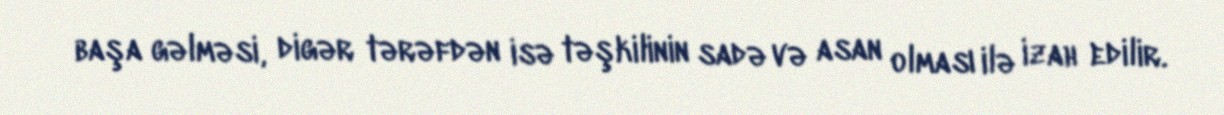
başa gəlməsi, digər tərəfdən isə təşkilinin sadə və asan olması ilə izah edilir.